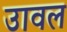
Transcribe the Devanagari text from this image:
उावल